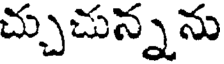
చ్చుచున్నను